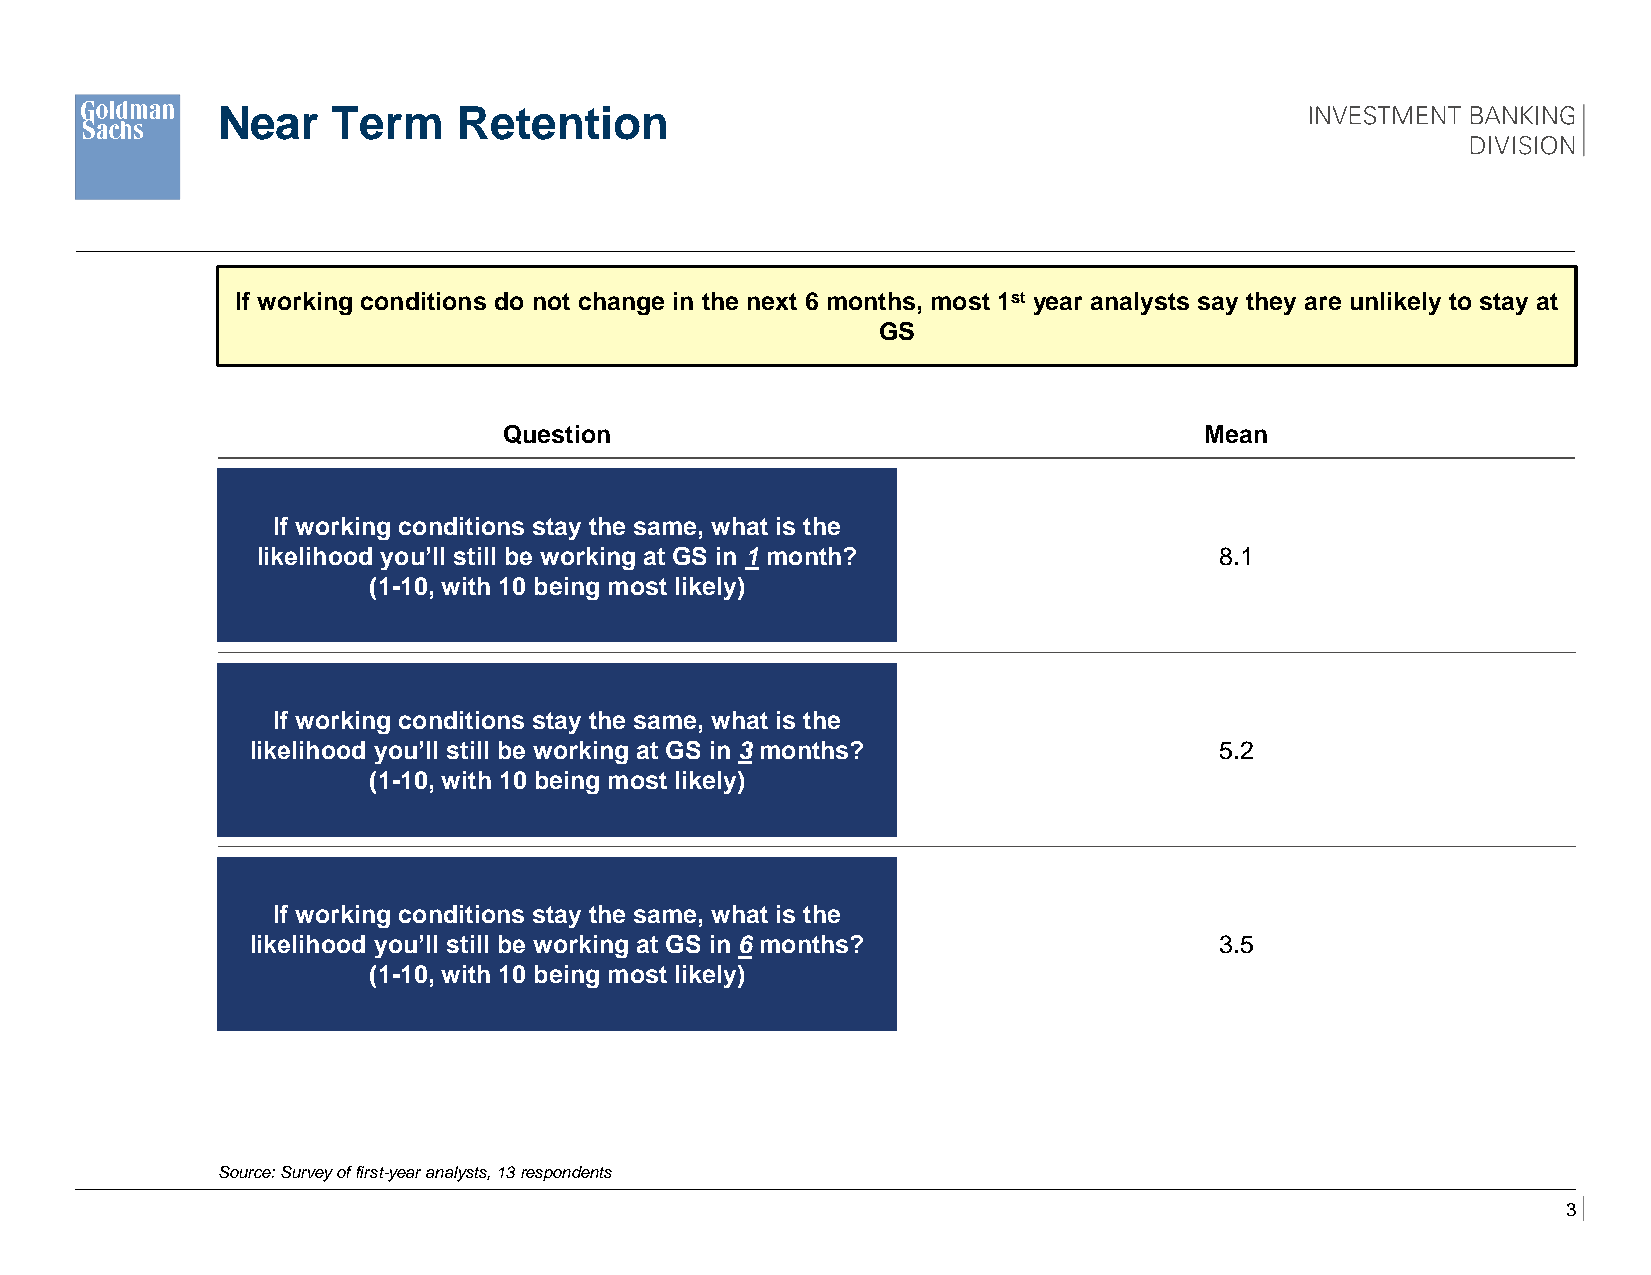
Near    Term    Retention
 If working conditions do not change in the next 6 months, most 1st year analysts say they are unlikely to stay at
 GS
 Question                                       Mean
 How many hours have
 If working conditions stay the same, what is the
 likelihood you’ll still be working at GS in 1 month?            8.1
 (1-10, with 10 being most likely)
 If working conditions stay the same, what is the
 likelihood you’ll still be working at GS in 3 months?           5.2
 (1-10, with 10 being most likely)
 If working conditions stay the same, what is the
 likelihood you’ll still be working at GS in 6 months?           3.5
 (1-10, with 10 being most likely)
 Source: Survey of first-year analysts, 13 respondents
 3